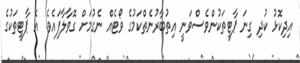
އިދިކޮޅު ކުދި ގިނަ ޕާޓީތަކުންވެސްވަނީ އިތުބާރުނެތްކަމުގެ ވޯޓެއް ނެގުމަށް ގޮވާލާފައެވެ. އެ ޕާޓީތަކުގެ